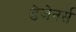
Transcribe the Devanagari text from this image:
डेजेनर्स